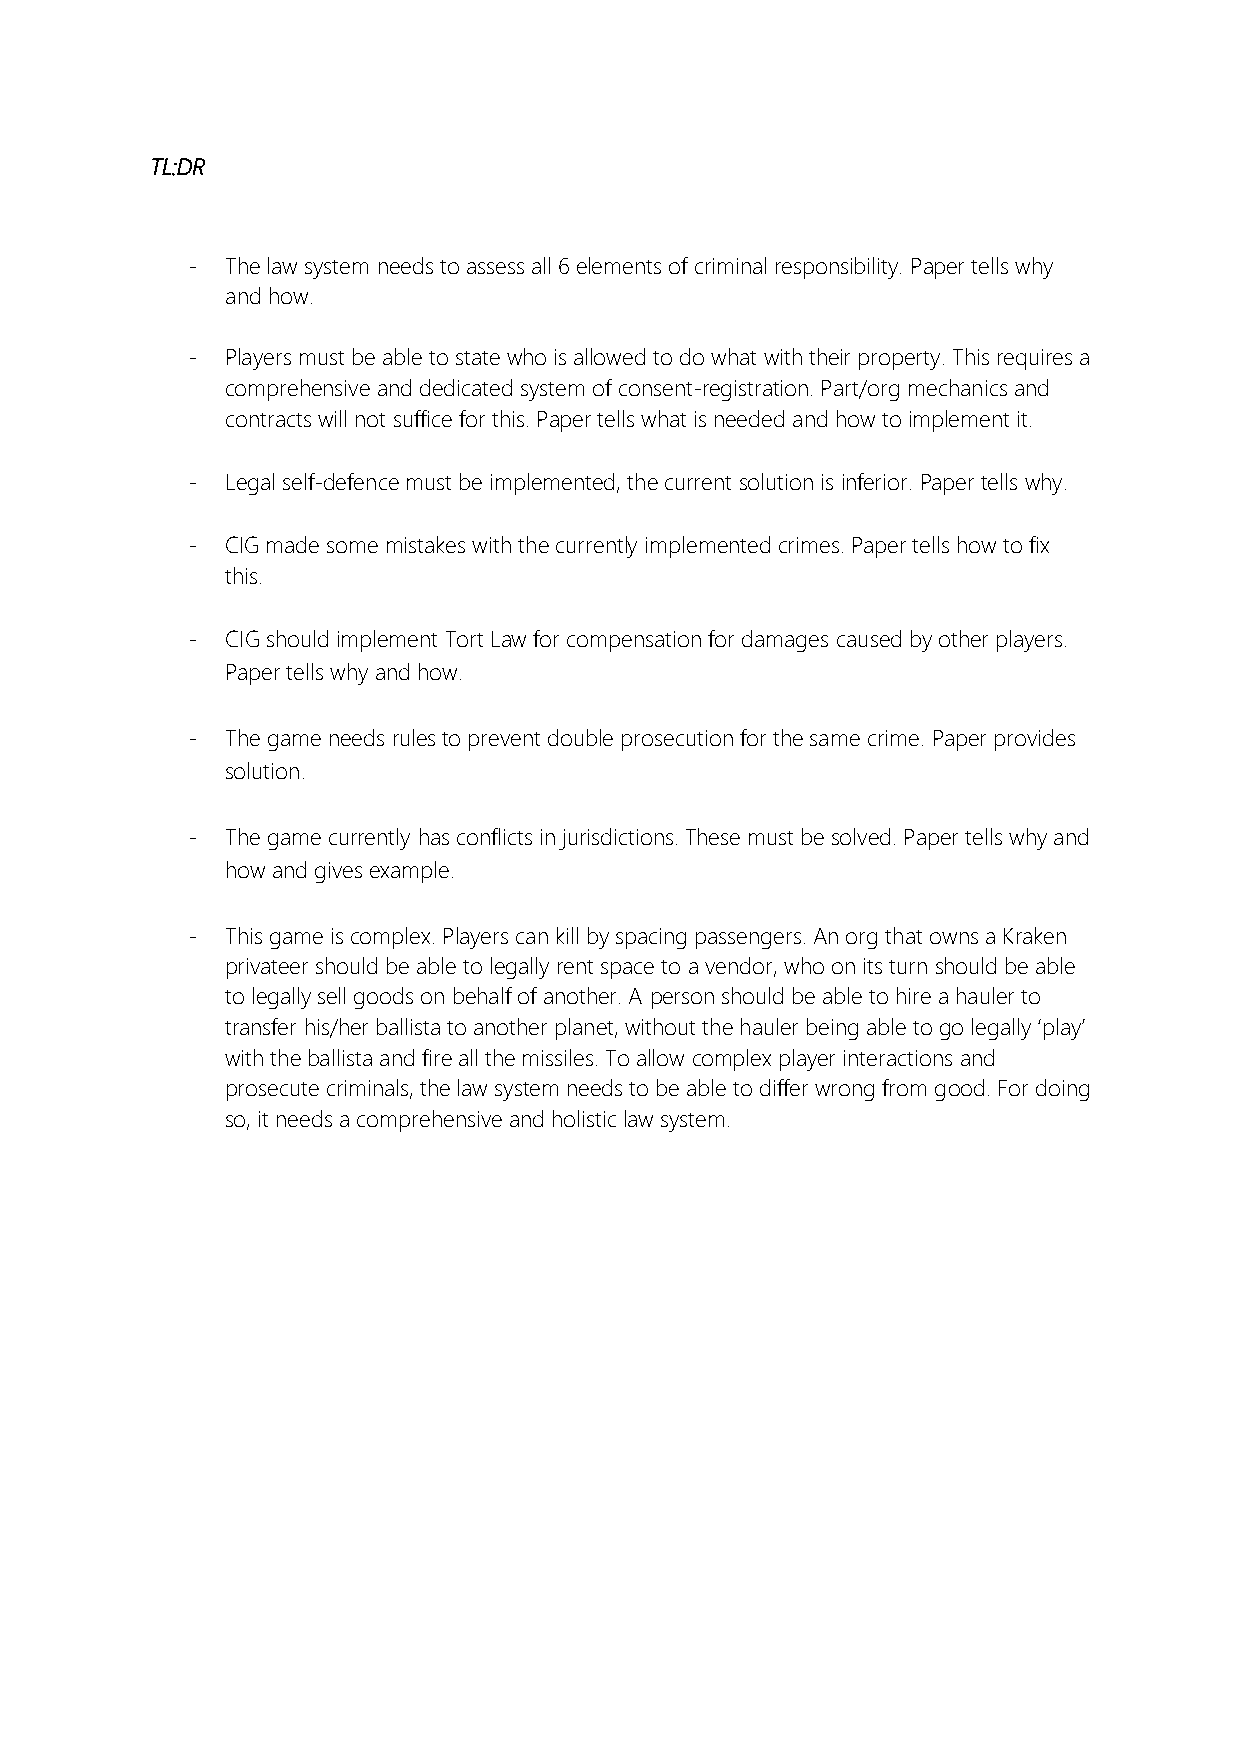
TL:DR
 -  The law system needs to assess all 6 elements of criminal responsibility. Paper tells why
 and how.
 -  Players must be able to state who is allowed to do what with their property. This requires a
 comprehensive and dedicated system of consent-registration. Part/org mechanics and
 contracts will not suffice for this. Paper tells what is needed and how to implement it.
 -  Legal self-defence must be implemented, the current solution is inferior. Paper tells why.
 -  CIG made some mistakes with the currently implemented crimes. Paper tells how to fix
 this.
 -  CIG should implement Tort Law for compensation for damages caused by other players.
 Paper tells why and how.
 -  The game needs rules to prevent double prosecution for the same crime. Paper provides
 solution.
 -  The game currently has conflicts in jurisdictions. These must be solved. Paper tells why and
 how and gives example.
 -  This game is complex. Players can kill by spacing passengers. An org that owns a Kraken
 privateer should be able to legally rent space to a vendor, who on its turn should be able
 to legally sell goods on behalf of another. A person should be able to hire a hauler to
 transfer his/her ballista to another planet, without the hauler being able to go legally ‘play’
 with the ballista and fire all the missiles. To allow complex player interactions and
 prosecute criminals, the law system needs to be able to differ wrong from good. For doing
 so, it needs a comprehensive and holistic law system.